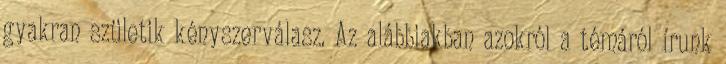
gyakran születik kényszerválasz. Az alábbiakban azokról a témáról írunk